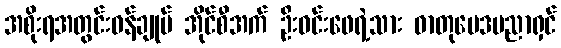
အစိုးရအတွင်းဝန်ချုပ် အိုင်စီအက် ဦးဝင်းဖေရဲ့သား ဓာတုဗေဒပညာရှင်